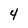
Character: 4